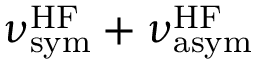
\nu _ { \mathrm { s y m } } ^ { \mathrm { H F } } + \nu _ { \mathrm { a s y m } } ^ { \mathrm { H F } }